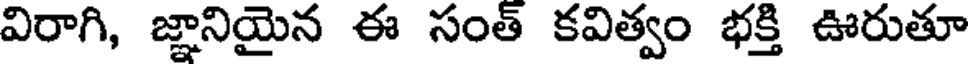
విరాగి, జ్ఞానియైన ఈ సంత్ కవిత్వం భక్తి ఊరుతూ